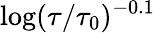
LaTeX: \log(\tau/\tau_{0})^{-0.1}